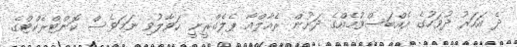
ދެ އަހަރު ދުވަހުގެ އެއްބަސްވުމެއްގެ ދަށުން ރެއާލްއާ ޕެލެގްރީނީ ހަވާލުވި ނަމަވެސް ކޮންޓްރެކްޓްގެ